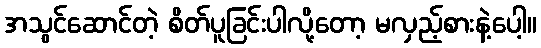
အသွင်ဆောင်တဲ့ စိတ်ပူခြင်းပါလို့တော့ မလှည့်စားနဲ့ပေါ့။